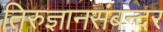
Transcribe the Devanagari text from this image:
तिरुज्ञानसंबन्दर